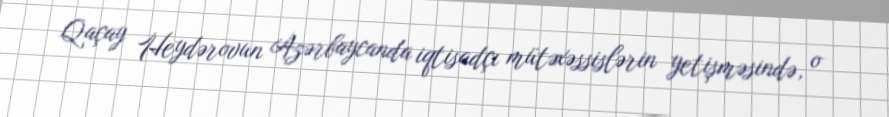
Qaçay Heydərovun Azərbaycanda iqtisadçı mütəxəssislərin yetişməsində, o